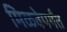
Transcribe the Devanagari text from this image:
मिळवेपर्यंत